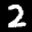
Digit: 2